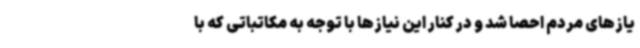
یازهای مردم احصا شد و در کنار این نیازها با توجه به مکاتباتی که با